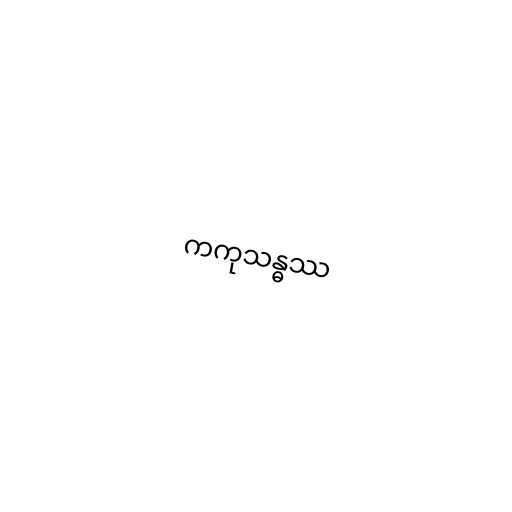
ကကုသန္ဓဿ